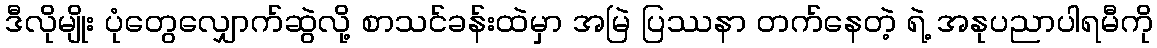
ဒီလိုမျိုး ပုံတွေလျှောက်ဆွဲလို့ စာသင်ခန်းထဲမှာ အမြဲ ပြဿနာ တက်နေတဲ့ ရဲ့ အနုပညာပါရမီကို